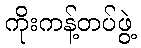
ကိုးကန့်တပ်ဖွဲ့